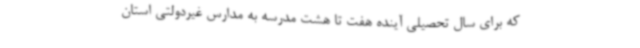
که برای سال تحصیلی آینده هفت تا هشت مدرسه به مدارس غیردولتی استان